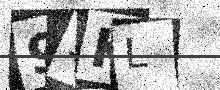
Text: 95KL